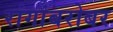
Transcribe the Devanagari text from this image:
रांगांबरोबर